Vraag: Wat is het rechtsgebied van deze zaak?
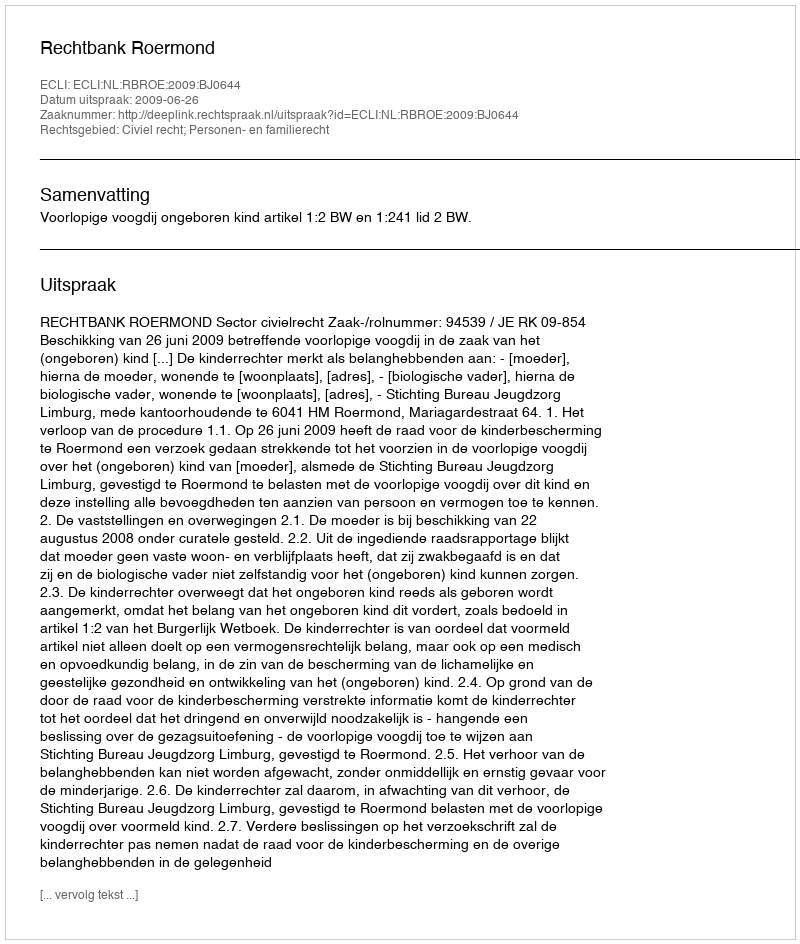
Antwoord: Civiel recht; Personen- en familierecht